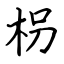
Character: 枴